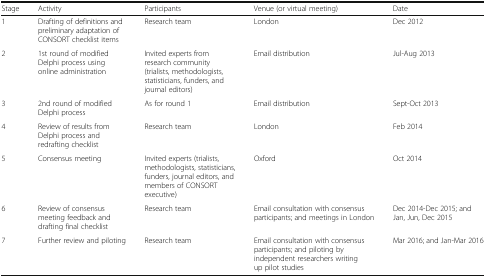
<table><thead><tr><td><b>Stage</b></td><td><b>Activity</b></td><td><b>Participants</b></td><td><b>Venue (or virtual meeting)</b></td><td><b>Date</b></td></tr></thead><tbody><tr><td>1</td><td>Drafting of definitions and preliminary adaptation of CONSORT checklist items</td><td>Research team</td><td>London</td><td>Dec 2012</td></tr><tr><td>2</td><td>1st round of modified Delphi process using online administration</td><td>Invited experts from research community (trialists, methodologists, statisticians, funders, and journal editors)</td><td>Email distribution</td><td>Jul-Aug 2013</td></tr><tr><td>3</td><td>2nd round of modified Delphi process</td><td>As for round 1</td><td>Email distribution</td><td>Sept-Oct 2013</td></tr><tr><td>4</td><td>Review of results from Delphi process and redrafting checklist</td><td>Research team</td><td>London</td><td>Feb 2014</td></tr><tr><td>5</td><td>Consensus meeting</td><td>Invited experts (trialists, methodologists, statisticians, funders, journal editors, and members of CONSORT executive)</td><td>Oxford</td><td>Oct 2014</td></tr><tr><td>6</td><td>Review of consensus meeting feedback and drafting final checklist</td><td>Research team</td><td>Email consultation with consensus participants; and meetings in London</td><td>Dec 2014-Dec 2015; and Jan, Jun, Dec 2015</td></tr><tr><td>7</td><td>Further review and piloting</td><td>Research team</td><td>Email consultation with consensus participants; and piloting by independent researchers writing up pilot studies</td><td>Mar 2016; and Jan-Mar 2016</td></tr></tbody></table>